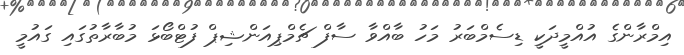
އިމްރާންގެ އުއްމީދަކީ ޑިސެމްބަރު މަހު ބާއްވާ ސާފް ޗެމްޕިއަންޝިޕް ފުޓްބޯޅަ މުބާރާތުގައި ގައުމީ